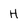
Character: H